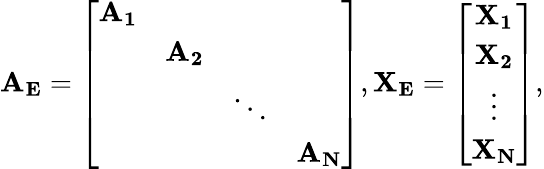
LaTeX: \mathbf{A_{E}}=\left[\begin{array}{cccc}{\mathbf{A_{1}}}&&&\\ &{\mathbf{A_{2}}}&&\\ &&{\ddots}&\\ &&&{\mathbf{A_{N}}}\end{array}\right],\mathbf{X_{E}}=\left[\begin{array}{c}{\mathbf{X_{1}}}\\ {\mathbf{X_{2}}}\\ {\vdots}\\ {\mathbf{X_{N}}}\end{array}\right],